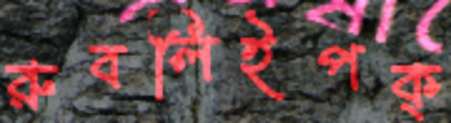
রুবলিইপক্